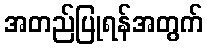
အတည်ပြုရန်အတွက်